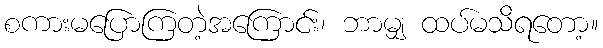
စကားမပြောကြတဲ့အကြောင်း၊ ဘာမျှ ထပ်မသိရတော့။